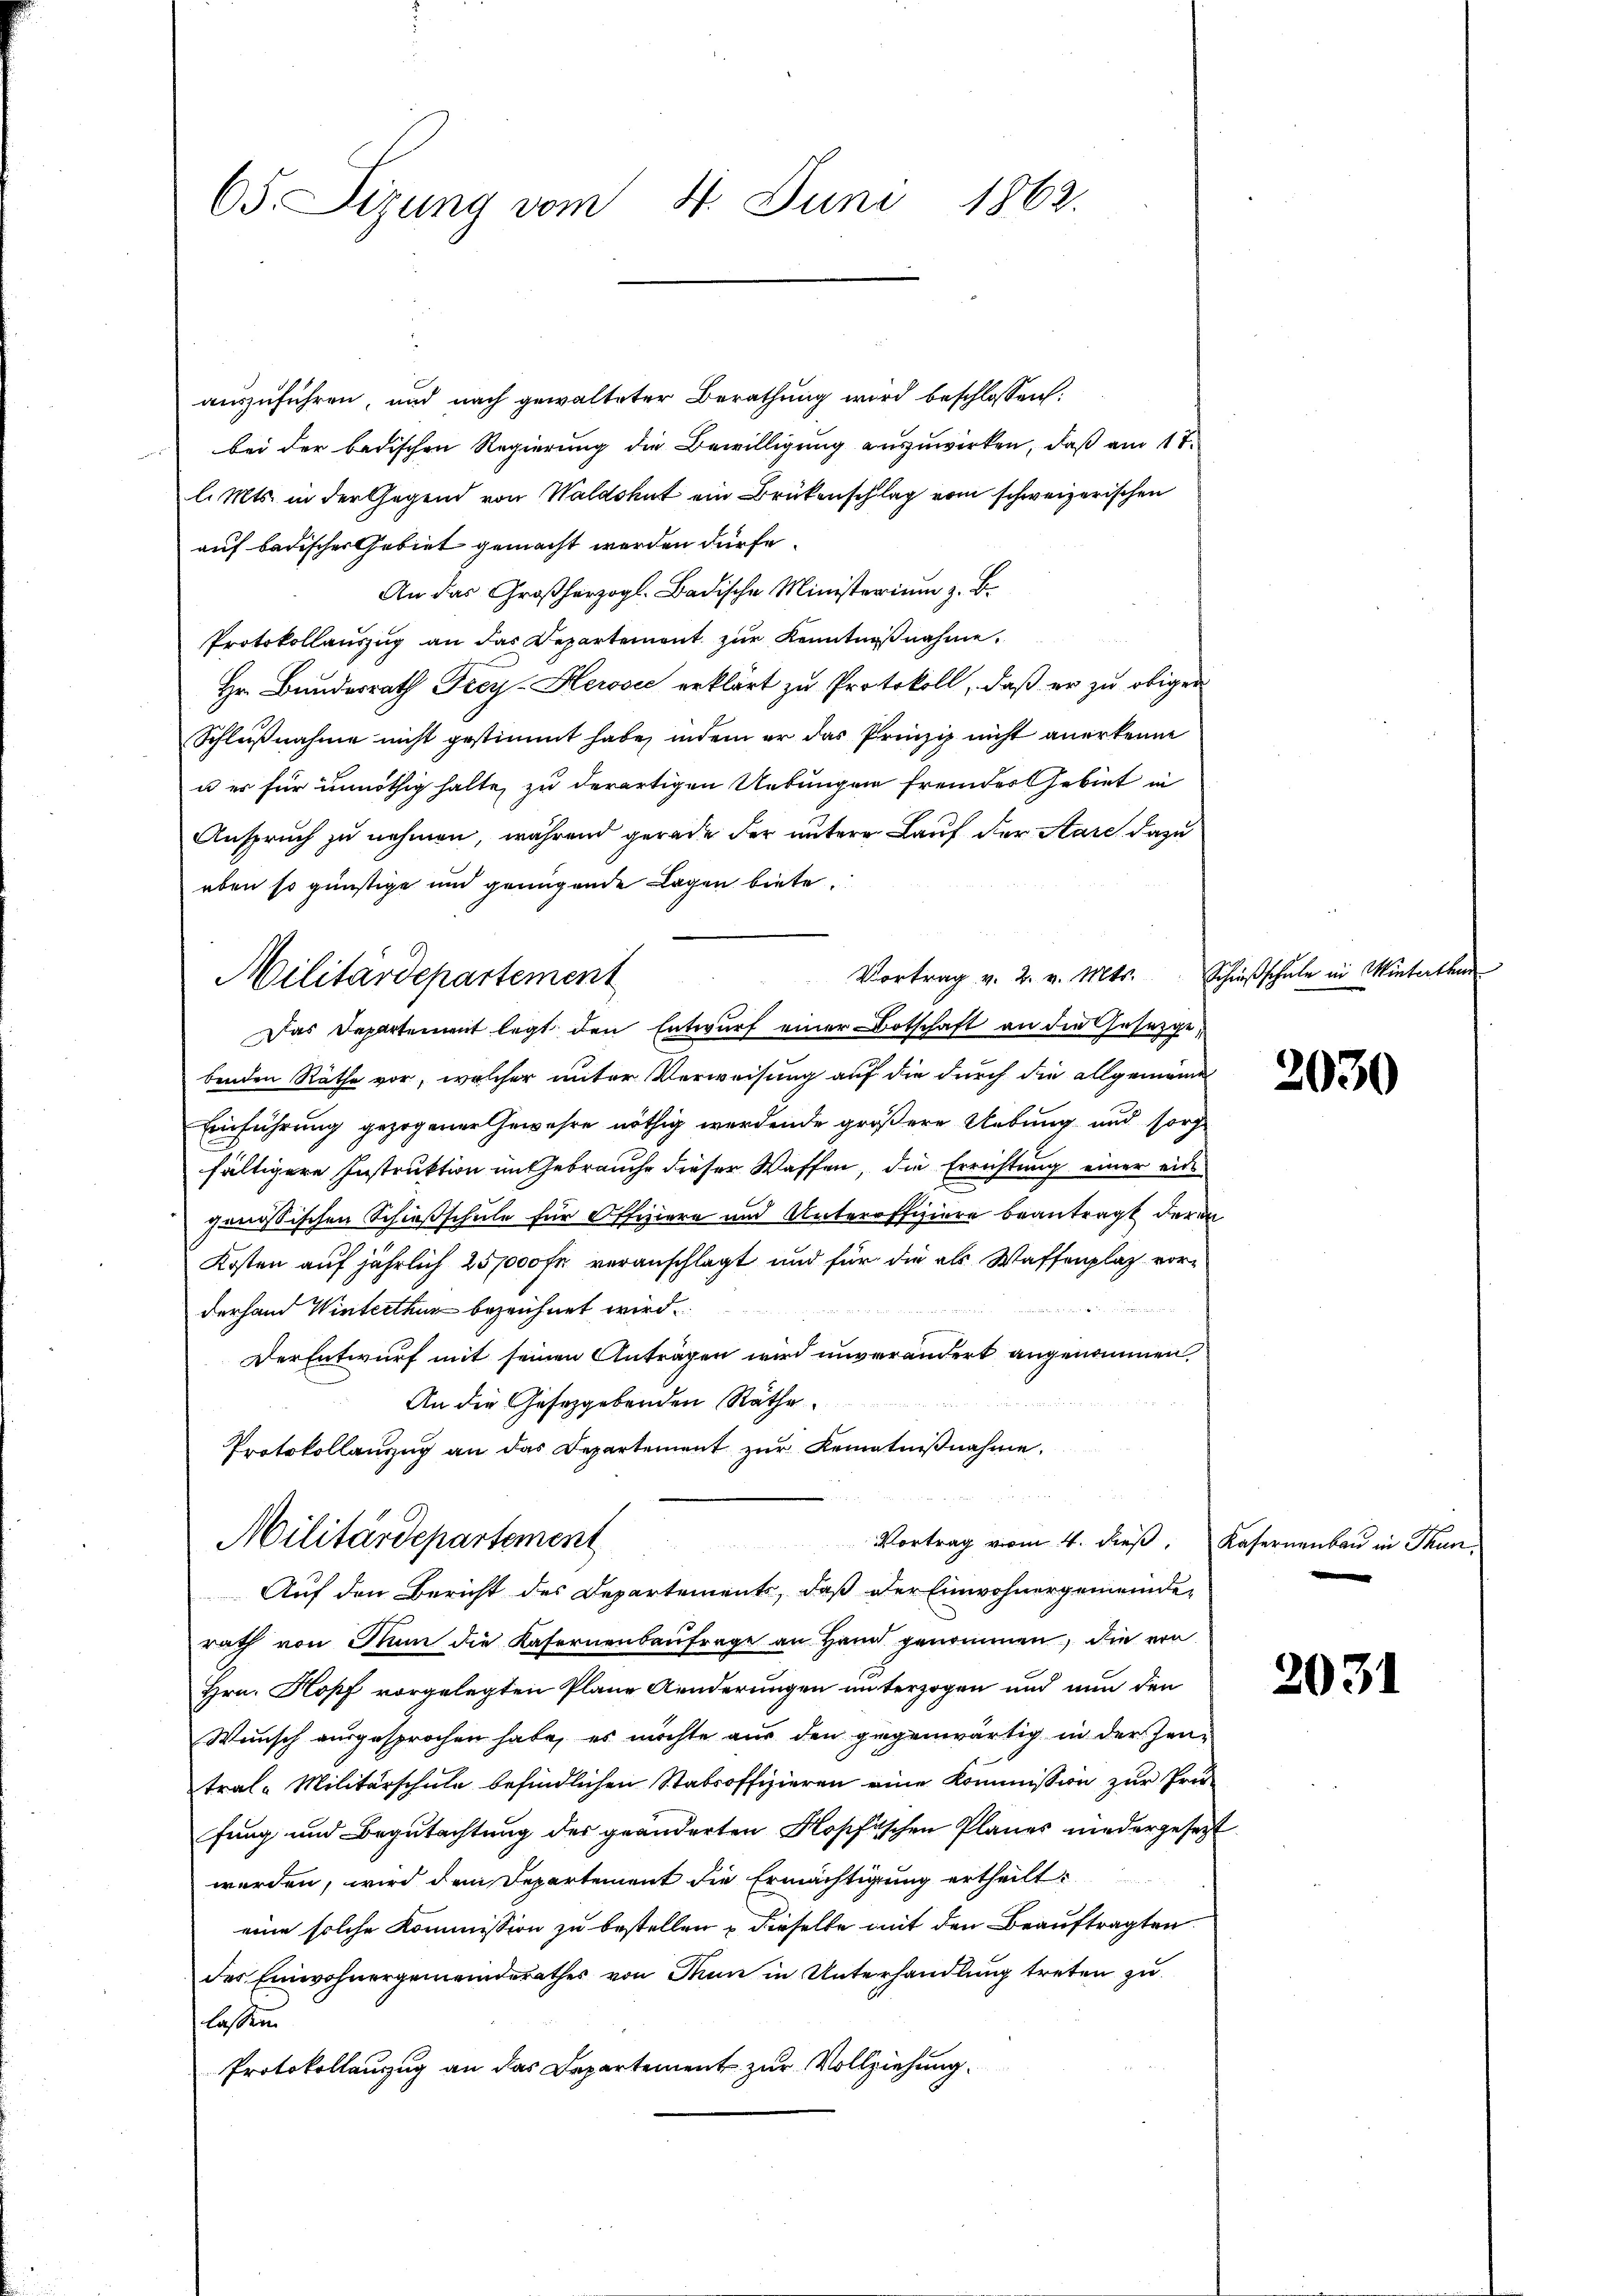
65. Sizung vom 4. Juni 1862.

auszuführen, und nach gewalteter Berathung wird beschlossen:
bei der badischen Regierung die Bewilligung auszuwirken, daß am 17.
l. Mts. in der Gegend von Waldshut ein Brükenschlag vom schweizerischen
auf badischer Gebiet gemacht worden dürfe.
An das Großherzogl. Badische Ministerium z. B.
Protokollauszug an das Repartement zur Kenntnißnahme.
Hr. Bundesrath Frey-Hewsić erklärt zu Protokoll, daß er zu obiger
Schlußnahme nicht gestimmt habe, indem er das Prinzip nicht anerkenne
u es für unnöthig halte, zu derartigen Uebungen fremdes Gebiet in
Anspruch zu nehmen, während gerade der untere Lauf der Stare dazu
eben so günstige und genügende Lagen biete.
benden Räthe vor, welcher unter Verweisung auf die durch die allgemeine
Einführung gezogener Gewahre nöthig werdende größere Uebung und sorg
fältigere Instruktion im Gebrauche dieser Waffen, die Errichtung einer ein
genössischen Schießschule für Offiziere und Unteroffiziere beantragt der an
Kosten auf jährlich 25,000 fr veranschlagt und für die als Waffenplaz vor¬

derhand Winterthur bezeichnet wird.
Der Entwurf mit seinen Anträgen wird unverändert angenommen,
 Br 2
An die Gesetzgebenden Räthe.
Protokollanzug an das Departement zur Kenntnißnahme.
Militärdepartement
Vortrag vom 4. dieß. Kasernenbau in Thun,
Auf den Bericht des Departements, daß der Einwohnergemeinderath von Nun die Kafernenbaufrage an Hand genommen, die von
Hrn. Kopf vorgelegten Plane Aenderungen unterzogen und nun den
Wunsch ausgesprochen habe, es möchte aus den gegenwärtig in der Zeutral-Militärschule befindlichen Stabsoffizieren eine Kommission zur Prü-
fung und Begutachtung des geänderten Kopfischen Planes niedergesezt
werden, wird den Departement die Ermächtigung ertheilt:
eine solche Kommission zu bestellen, dieselbe mit den Beauftragten
des Einwohnergemeinderathes von Man in Unterhandlung treten zu
lassen.
Protokollanzug an das Departement zur Vollziehung.

Vortrag v. 2. v. Mts.
Militärdepartement
Das Departement legt den Entwurf einer Botschaft an die Gesetzge¬

Schrießschule in Winterthur

2030

2031